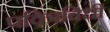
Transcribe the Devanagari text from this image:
पवित्रविधी